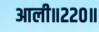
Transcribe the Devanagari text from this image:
आली॥२२०॥